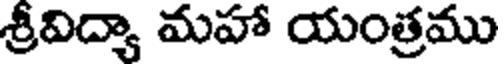
శ్రీవిద్యా మహా యంత్రము